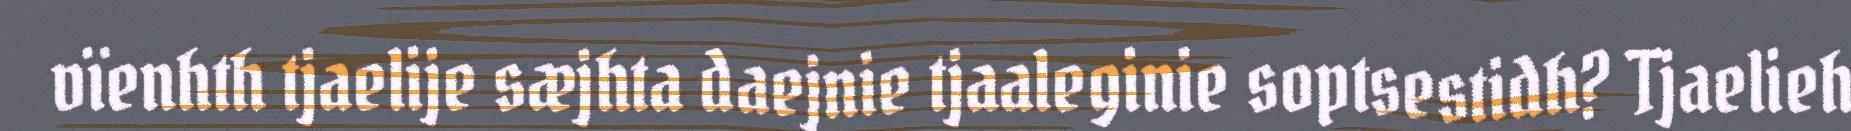
vïenhth tjaelije sæjhta daejnie tjaaleginie soptsestidh? Tjaelieh